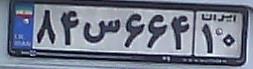
۸۴س۶۶۴۱۰